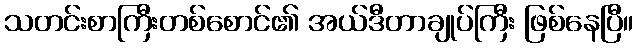
သတင်းစာကြီးတစ်စောင်၏ အယ်ဒီတာချုပ်ကြီး ဖြစ်နေပြီ။